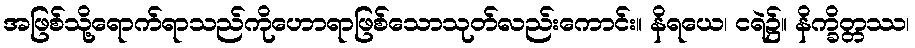
အဖြစ်သို့ရောက်ရာသည်ကိုဟောရာဖြစ်သောသုတ်လည်းကောင်း။ နိရယေ၊ ငရဲ၌။ နိက္ခိတ္တဿ၊